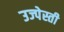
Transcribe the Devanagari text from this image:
उज्पेस्ती